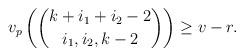
LaTeX: \begin{align*} v_p \left( \binom{k+i_1+ i_2-2}{ i_1, i_2 , k-2 } \right) \geq v - r .\end{align*}